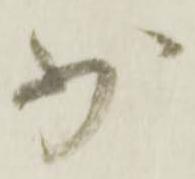
少